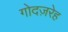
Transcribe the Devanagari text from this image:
गोदज़रेह